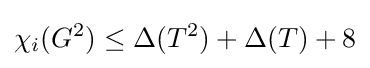
\chi _{i}(G^{2})\leq \Delta (T^{2})+\Delta (T)+8